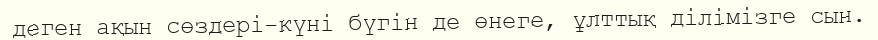
деген ақын сөздері-күні бүгін де өнеге, ұлттық ділімізге сын.